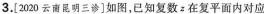
3.[2020云南昆明三诊]如图，已知复数z在复平面内对应